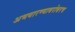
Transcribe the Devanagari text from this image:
अभयारण्याबरोबरच